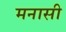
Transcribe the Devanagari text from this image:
मनासी